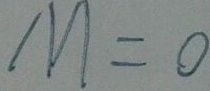
M = 0